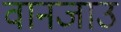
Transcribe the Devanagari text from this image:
वानजाउ